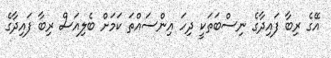
އޭގެ ރިބާ ފައިދާގެ ނިސްބަތަކީ ދިހަ އިންސައްތަ ކަމަށް ބެލިއަސް ރިބާ ފައިދާގެ